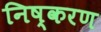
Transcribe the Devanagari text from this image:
निष्करण